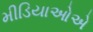
મીડિયાઓએ